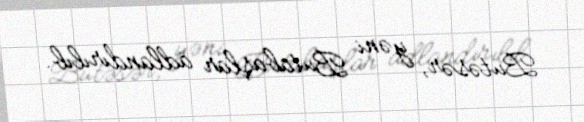
Butəsər, yəni Butabaşlar adlandırılıb.